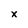
Character: x